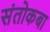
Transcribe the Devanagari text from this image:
संतोकबा